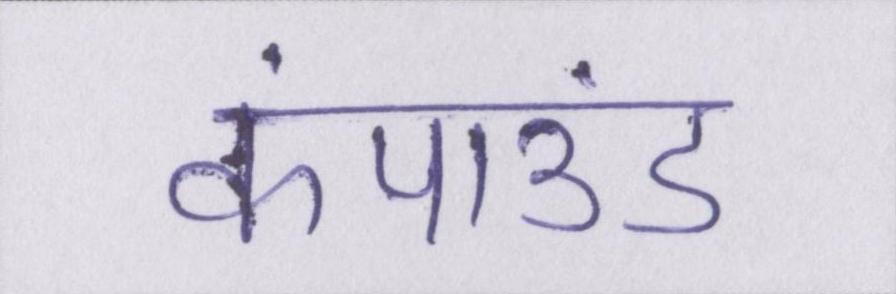
कंपाउंड